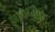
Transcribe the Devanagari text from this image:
भारतपुर